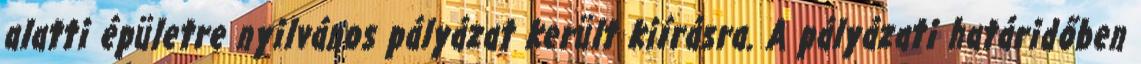
alatti épületre nyilvános pályázat került kiírásra. A pályázati határidőben